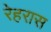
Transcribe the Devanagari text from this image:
रेहरास